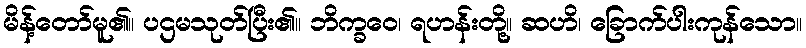
မိန့်တော်မူ၏။ ပဌမသုတ်ပြီး၏။ ဘိက္ခဝေ၊ ရဟန်းတို့။ ဆဟိ၊ ခြောက်ပါးကုန်သော။